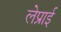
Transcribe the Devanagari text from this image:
लेप्राई